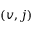
( v , j )